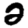
Digit: 2